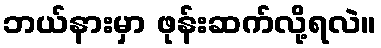
ဘယ်နားမှာ ဖုန်းဆက်လို့ရလဲ။